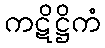
ကဋိဋ္ဌိကံ